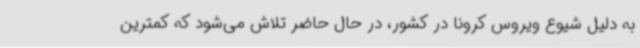
به دلیل شیوع ویروس کرونا در کشور، در حال حاضر تلاش می‌شود که کمترین